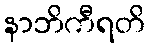
နာဘိကီရတိ